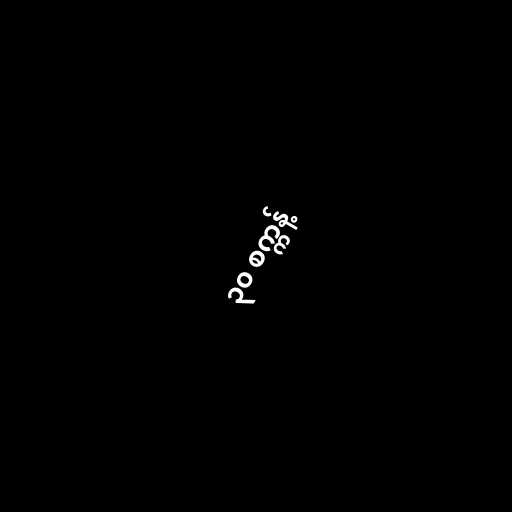
၃၀ စက္ကန့်